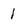
Character: 1